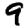
Digit: 9